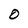
Character: 0